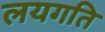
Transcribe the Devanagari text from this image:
लयगति